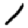
Digit: 1